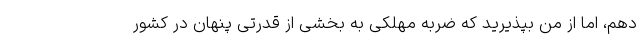
دهم، اما از من بپذیرید که ضربه مهلکی به بخشی از قدرتی پنهان در کشور